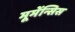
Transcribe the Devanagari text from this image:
मूमेंन्सिस